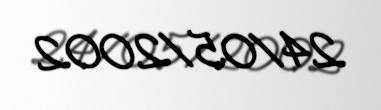
24/05/2002